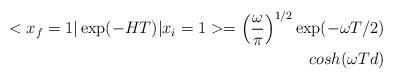
LaTeX: \begin{align*}<x_f = 1\vert \exp(- H T) \vert x_i = 1> = \left({{\omega} \over {\pi}} \right)^{1/2} \exp(- \omega T/2) \\cosh (\omega T d)\end{align*}